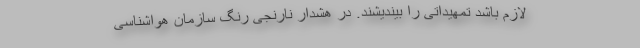
لازم باشد تمهیداتی را بیندیشند. در هشدار نارنجی ‌رنگ سازمان هواشناسی